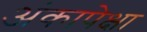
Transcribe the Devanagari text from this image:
अंकापेक्षा